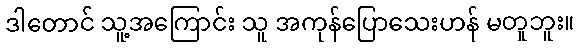
ဒါတောင် သူ့အကြောင်း သူ အကုန်ပြောသေးဟန် မတူဘူး။